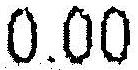
0.00